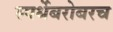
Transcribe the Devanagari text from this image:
स्पर्धेबरोबरच